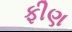
ફીણ